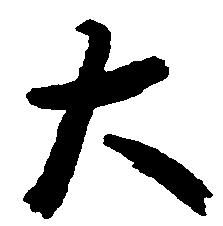
大